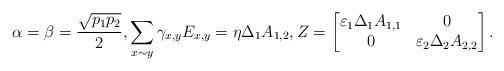
LaTeX: \begin{align*}\alpha=\beta=\frac{\sqrt{p_1p_2}}{2}, \sum_{x\sim y}\gamma_{x,y} E_{x,y}=\eta\Delta_1A_{1,2}, Z=\begin{bmatrix} \varepsilon_1\Delta_1A_{1,1} & 0 \\ 0 & \varepsilon_2\Delta_2A_{2,2} \end{bmatrix}.\end{align*}